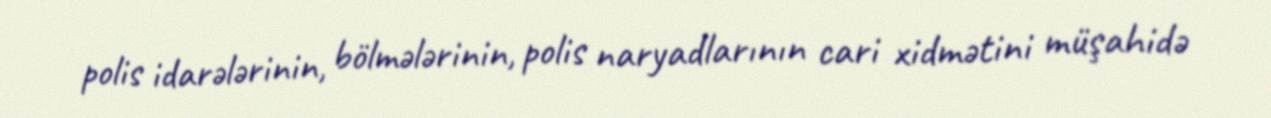
polis idarələrinin, bölmələrinin, polis naryadlarının cari xidmətini müşahidə